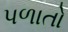
પળાતો